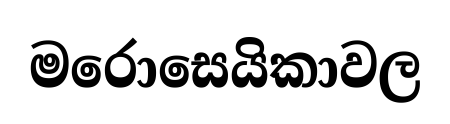
මරොසෙයිකාවල